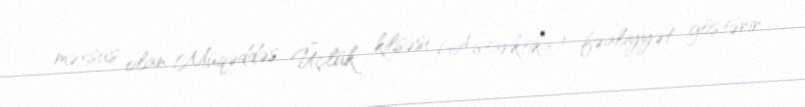
məxsus olan Müqəddəs Üçlük kilsəsi (Antarktika) fəaliyyət göstərir.